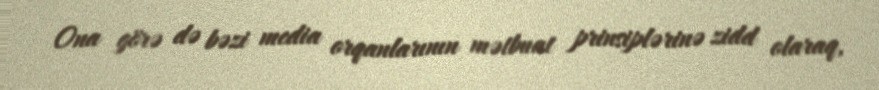
Ona görə də bəzi media orqanlarının mətbuat prinsiplərinə zidd olaraq,